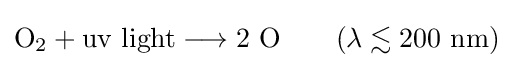
\mathrm {O_{2}+uv~light\longrightarrow 2~O} \qquad (\lambda \lesssim 200~{\text{nm}})